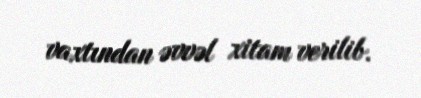
vaxtından əvvəl xitam verilib.